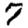
Digit: 7